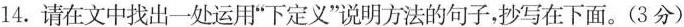
14.请在文中找出一处运用“下定义”说明方法的句子,抄写在下面。(3分)